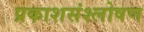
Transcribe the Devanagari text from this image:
प्रकाशसंश्लोषण